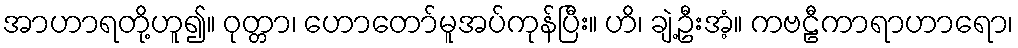
အာဟာရတို့ဟူ၍။ ဝုတ္တာ၊ ဟောတော်မူအပ်ကုန်ပြီး။ ဟိ၊ ချဲ့ဦးအံ့။ ကဗဠီကာရာဟာရော၊